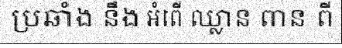
ប្រឆាំង នឹង អំពើ ឈ្លាន ពាន ពី